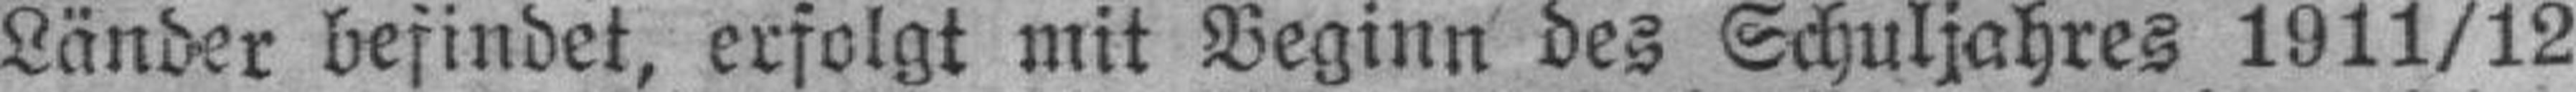
Länder befindet, erfolgt mit Beginn des Schuljahres 1911/12